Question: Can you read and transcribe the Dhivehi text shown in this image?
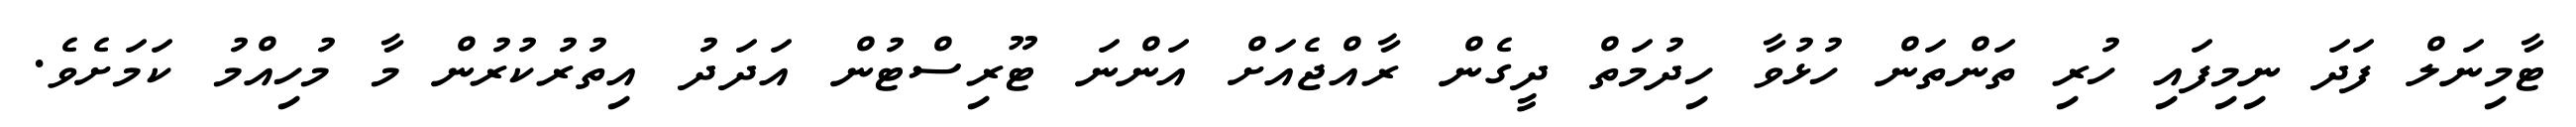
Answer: ޓާމިނަލް ފަދަ ނިމިފައި ހުރި ތަންތަން ހުޅުވާ ހިދުމަތް ދީގެން ރާއްޖެއަށް އަންނަ ޓޫރިސްޓުން އަދަދު އިތުރުކުރުން މާ މުހިއްމު ކަމަށެވެ.